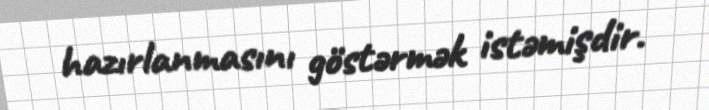
hazırlanmasını göstərmək istəmişdir.